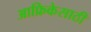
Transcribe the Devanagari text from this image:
आफ्रिकेसाठी